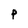
Character: P